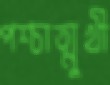
পশ্চাত্মুখী